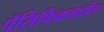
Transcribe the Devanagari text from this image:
पॅसिफिकमधील